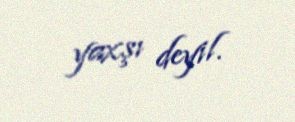
yaxşı deyil.